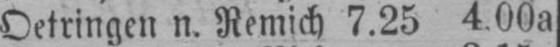
Oetringen n. Remich 7.25 4.00a